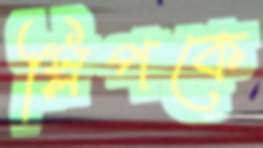
স্লিপকে